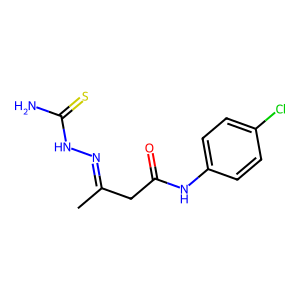
SMILES: CC(CC(=O)Nc1ccc(Cl)cc1)=NNC(N)=S
Inhibits HIV replication: No